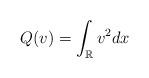
LaTeX: \begin{align*}Q(v) = \int_{\mathbb{R}} v^2 dx\end{align*}